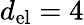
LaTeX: d_{\mathrm{el}}=4